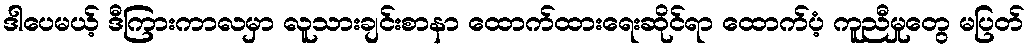
ဒါပေမယ့် ဒီကြားကာလမှာ လူသားချင်းစာနာ ထောက်ထားရေးဆိုင်ရာ ထောက်ပံ့ ကူညီမှုတွေ မပြတ်